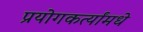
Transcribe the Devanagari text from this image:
प्रयोगकर्त्यांमधे